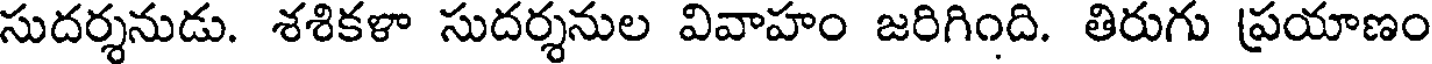
సుదర్శనుడు. శశికళా సుదర్శనుల వివాహం జరిగింది. తిరుగు ప్రయాణం